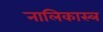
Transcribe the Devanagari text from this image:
नालिकास्‍त्र